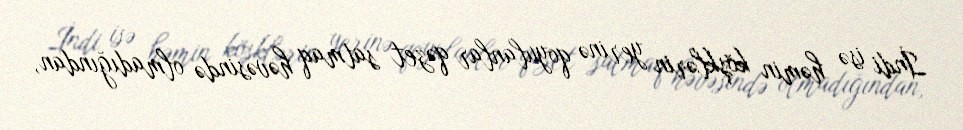
İndi isə həmin köşklərin yerinə qoyulanlar qəzet satmaq həvəsində olmadığından,